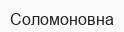
Соломоновна